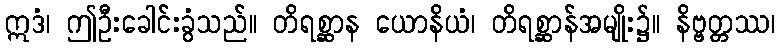
ဣဒံ၊ ဤဦးခေါင်းခွံသည်။ တိရစ္ဆာန ယောနိယံ၊ တိရစ္ဆာန်အမျိုး၌။ နိဗ္ဗတ္တဿ၊